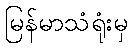
မြန်မာသံရုံးမှ